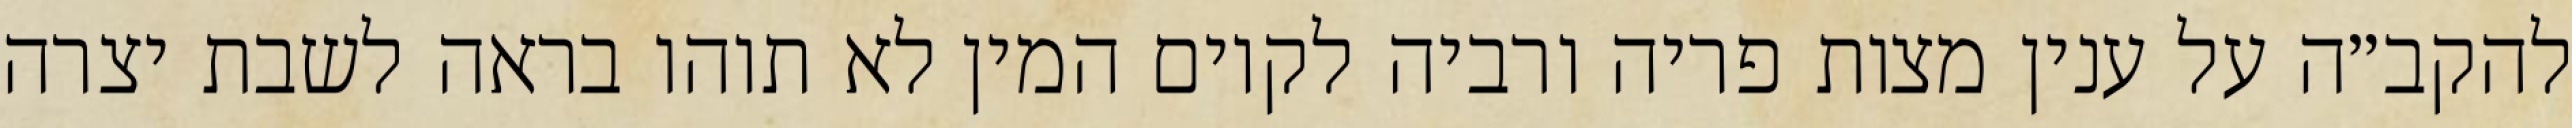
להקב״ה על ענין מצות פריה ורביה לקיום המין לא תוהו בראה לשבת יצרה